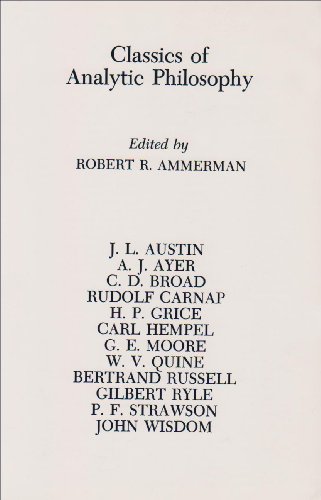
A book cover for Classics of Analytic Philosophy (Hackett Classics); Politics & Social Sciences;